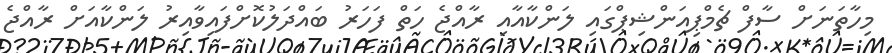
މިހާތަނަށް ސާފް ޗެމްޕިއަންޝިޕްގައި ލަންކާއާއި ރާއްޖެ ހަތް ފަހަރު ބައްދަލުކޮށްފައިވާއިރު ލަންކާއަށް ރާއްޖެ